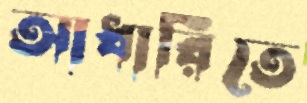
আধারিতে